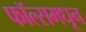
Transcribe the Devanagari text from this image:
फॉल्समधून